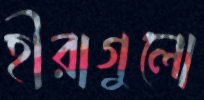
হীরাগুলো